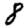
Digit: 8